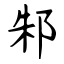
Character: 邾